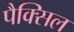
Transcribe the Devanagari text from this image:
पैक्सिल